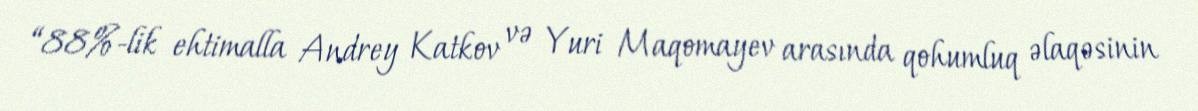
“88%-lik ehtimalla Andrey Katkov və Yuri Maqomayev arasında qohumluq əlaqəsinin